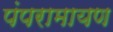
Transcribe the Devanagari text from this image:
पंपरामायण